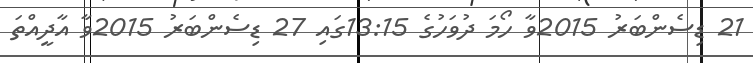
21 ޑިސެންބަރު 2015ވާ ހޯމަ ދުވަހުގެ 13:15ގައި 27 ޑިސެންބަރު 2015ވާ އާދީއްތަ